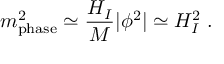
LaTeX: m _ { \mathrm { { p h a s e } } } ^ { 2 } \simeq \frac { H _ { I } } { M } | \phi ^ { 2 } | \simeq H _ { I } ^ { 2 } \; .